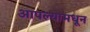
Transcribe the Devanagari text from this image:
आपल्यामधून